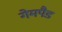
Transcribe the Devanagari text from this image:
गेमपैड